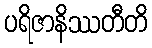
ပရိဇာနိဿတီတိ